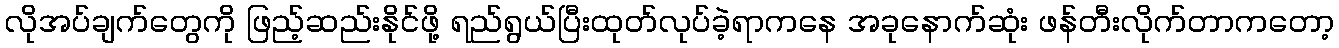
လိုအပ်ချက်တွေကို ဖြည့်ဆည်းနိုင်ဖို့ ရည်ရွယ်ပြီးထုတ်လုပ်ခဲ့ရာကနေ အခုနောက်ဆုံး ဖန်တီးလိုက်တာကတော့